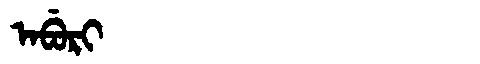
Manchu: ᠠᠪᡠᡵᡳ
Romanization: ABURI